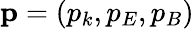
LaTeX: \mathbf{p}=(p_{k},p_{E},p_{B})